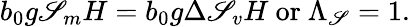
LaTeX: b_{0}g\mathscr{S}_{m}H=b_{0}g\Delta\mathscr{S}_{v}H\ \mathrm{{{or}\ \Lambda_{\mathscr{S}}=1.}}